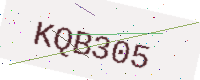
Text: KQB305